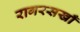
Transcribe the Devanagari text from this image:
रागरसखाँ